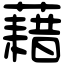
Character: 藉